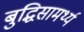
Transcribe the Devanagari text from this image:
बुद्धिसामर्थ्य